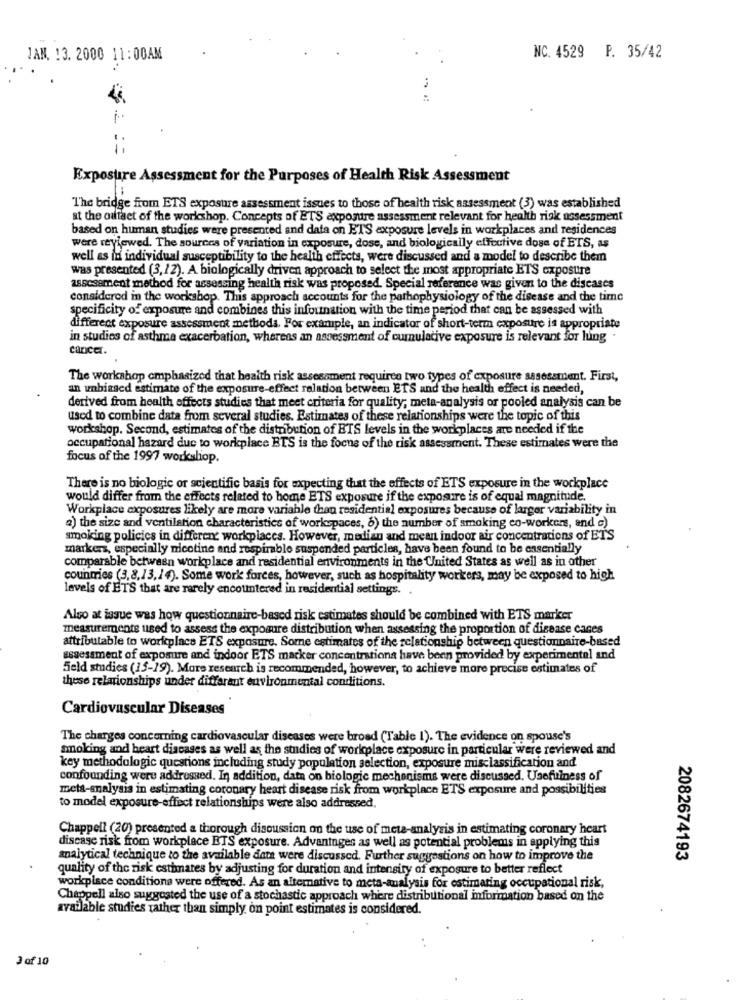
JAN. 13. 2000 11:00AM
NC. 4529 F. 35/42
Exposure Assessment for the Purposes of Health Risk Assessment
The bridge from ETS exposure assessment issues to those of health risk assessment (3) was established
at the oafact of the workshop. Concepts of ETS axpostre assessment relevant for health risk assessment
based on human studies were presented and data on ETS exposure levels in workplaces and residences
were reviewed. The sources of variation in exposure, dose, and biologically effective dose of ETS, as
well as in individual susceptibility to the health effects, were discussed and a model to describe them
was presented (3, 12). A biologically driven approach to select the most appropriate ETS exposure
assessment method for assessing health risk was proposed. Special referance was given to the discases
considered in the workshop. This approach accounts for the pathophysiology of the disease and the time
specificity of exposure and combines this infounation with the time period that can be assessed with
different exposure assessment methods. For example, an indicator of short-term exposure is appropriate
in studies of asthma exacerbation, whereas an assessment of cumulative exposure is relevant for lung
cancer.
The workshop emphasized that health risk assessment requirea two types of exposure assessment. First,
an unbiased estimate of the exposure-effect relation between ETS and the health effect is needed,
derived from health effects studies that meet criteria for quality; meta-analysis or pooled analysis can be
used to combine data from several studies. Estimates of these relationships were the topic of this
workshop. Second, estimates of the distribution of BTS levels in the workplaces are needed if the
occupational hazard due to workplace BTS is the focus of the risk assessment. These estimates were the
focus of the 1997 worksliop.
There is no biologic or scientific basis for expecting that the effects of ETS exposure in the workplace
would differ from the effects related to home ETS exposure if the exposure is of equal magnitude.
Workplace exposures likely are more variable than residential exposures because of larger variability in
a) the size and ventilation characteristics of workspaces, 6) the number of smoking co-workers, and c)
smoking policies in different workplaces. However, median and mean indoor air concentrations of ETS
markers, especially nicotine and respirable suspended particles, have been found to be essentially
comparable between workplace and residential environments in the United States as well as in other
countries (3,8,13,14). Some work forces, however, such as hospitality workers, may be exposed to high
levels of ETS that are rarely encountered in residential settings.
Also at issue was how questionnaire-based risk estimates should be combined with ETS marker
measurements used to assess the exposure distribution when assessing the proportion of disease caces
attributable to workplace ETS exposure. Some estimates of the relationship between questionnaire-based
assessment of exposure and indoor ETS macker concentrations have been provided by experimental and
Seld studies (15-19). More research is recommended, however, to achieve more precise estimates of
these relationships under different environmental conditions.
Cardiovascular Diseases
The charges concerning cardiovascular diseases were broad (Table 1). The evidence on spouse's
smoking and heart discases as well as the studies of workplace exposure in particular were reviewed and
key methodologie questions including study population selection, exposure misclassification and
confounding were addressed. In addition, damn on biologic mechanisms were discussed. Usefulness of
meta-analysis in estimating coronary heart disease risk from workplace ETS exposure and possibilities
to model exposure-effect relationships were also addressed,
Chappell (20) presented a thorough discussion on the use of meta-analysis in estimating coronary heart
discase risk from workplace BTS exposure. Advantages as well as potential problems in applying this
analytical technique to the available data were discussed. Further suggestions on how to improve the
2082674193
quality of the risk estimates by adjusting for duration and intensity of exposure to better reflect
workplace conditions were offered. As an alternative to meta-analysis for estimating occupational risk,
Chappell also suggested the use of a stochastic approach where distributional information based on the
available studies rather than simply on point estimates is considered.
3 of 10